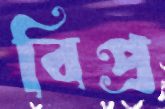
বিপ্র